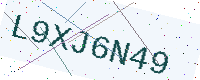
Text: L9XJ6N49